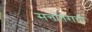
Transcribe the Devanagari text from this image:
सत्तांतराची